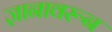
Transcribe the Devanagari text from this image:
ज्ञानावरून